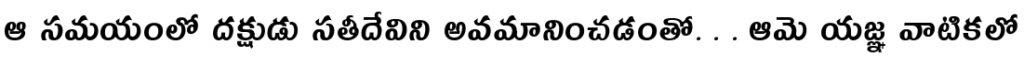
ఆ సమయంలో దక్షుడు సతీదేవిని అవమానించడంతో. . . ఆమె యజ్ఞ వాటికలో